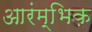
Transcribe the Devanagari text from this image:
आरंम्भिक